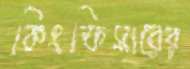
কিংফিসারের